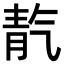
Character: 靔